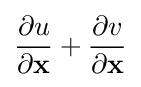
{\frac {\partial u}{\partial \mathbf {x} }}+{\frac {\partial v}{\partial \mathbf {x} }}